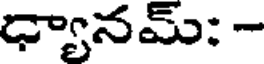
ధ్యానమ్: -